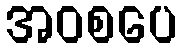
အဝစပေ